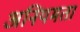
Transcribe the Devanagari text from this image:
अनियमता